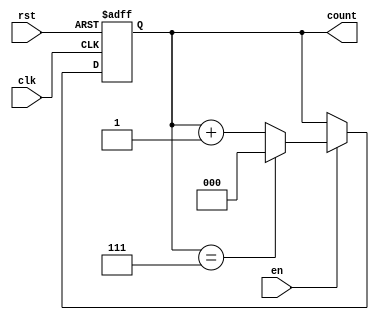
module binary_counter (
    input wire clk,          // Clock signal
    input wire rst,          // Asynchronous reset
    input wire en,           // Enable signal
    output reg [N-1:0] count // Counter output
);
    parameter N = 3; // Number of bits for the counter (3-bit counter)

    // Sequential logic for the counter
    always @(posedge clk or posedge rst) begin
        if (rst) begin
            count <= 0; // Reset counter to 0
        end else if (en) begin
            if (count == {N{1'b1}}) // Check if count has reached maximum value (2^N - 1)
                count <= 0; // Wrap around to 0
            else
                count <= count + 1; // Increment counter
        end
    end
endmodule